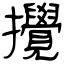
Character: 攪